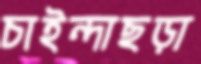
চাইন্দাছড়া